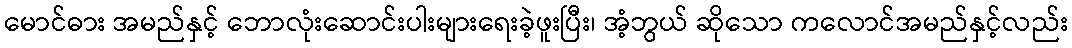
မောင်ဓား အမည်နှင့် ဘောလုံးဆောင်းပါးများရေးခဲ့ဖူးပြီး၊ အံ့ဘွယ် ဆိုသော ကလောင်အမည်နှင့်လည်း